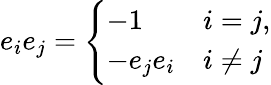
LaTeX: e_{i}e_{j}={\Bigg\{ }{\begin{array}{ll}{-1}&{i=j,}\\ {-e_{j}e_{i}}&{i\not=j}\end{array}}